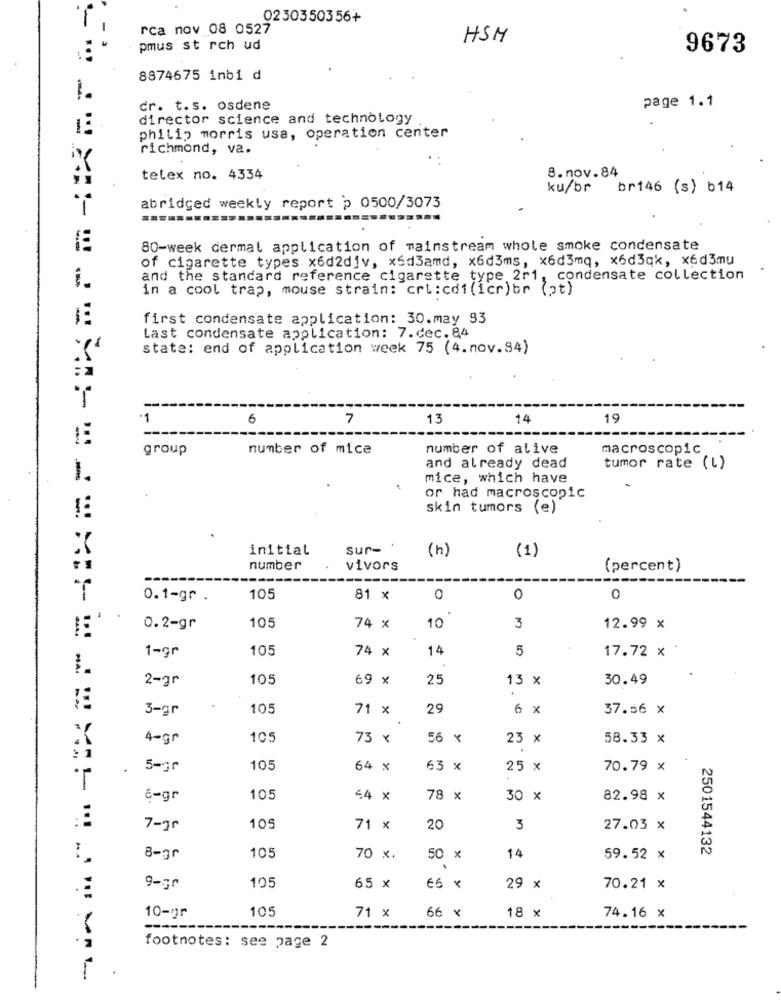
0230350356+
rca nov 08 0527
HSM
pmus st rch ud
9673
8874675 inbi d
page 1.1
dr. t.s. osdene
director science and technology
philip morris usa, operation center
richmond, va.
8.nov.84
telex no. 4334
ku/br br146 (s) b14
abridged weekly report p 0500/3073
80-week dermal application of mainstream whole smoke condensate
of cigarette types x6d2djv, x5d3amd, x6d3ms, x6d3mq, x6d3qk, x6d3mu
and the standard reference cigarette type 2r1, condensate collection
i.
in a cool trap, mouse strain: cri:cdt(icr)br (pt)
first condensate application: 30.may 93
last condensate application: 7.dec.84
state: end of application week 75 (4.nov.84)
·1
6
7
13
14
19
group
number of mice
number of alive
macroscopic
and already dead
tumor rate (l)
1.
mice, which have
or had macroscopic
skin tumors (e)
initial
sur-
(h)
(1)
number
vivors
(percent)
0.1-gr .
105
81 x
0
0
0
0.2-gr
105
74 x
10
3
12.99 x
105
74 x
14
5
17.72 x
1-gr
MA.
2-gr
105
69 x
25
13 x
30.49
3-gr
105
71 x
29
6 x
37.56 X
4-gr
105
73 x
56 x
23 x
58.33 x
.
.
5-gr
105
64 x
63 x
25 x
70.79 x
6-gr
105
44 x
78 x
30 x
82.98 x
7-gr
109
71 x
20
3
27.03 x
2501544132
8-gr
105
70 x.
50 x
14
59.52 x
9-gr
105
65 x
€5 x
29 x
70.21 x
105
71 x
10-1r
66 x
18 x
74.16 x
footnotes: see page 2